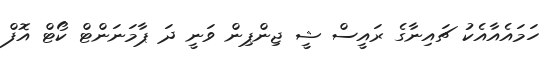
ހަމައެއާއެކު ޗައިނާގެ ރައީސް ޝީ ޖިންޕިން ވަނީ ދަ ޕާމަނަންޓް ކޯޓް އޮފް